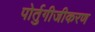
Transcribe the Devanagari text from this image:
पोर्तुगीजीकरण